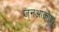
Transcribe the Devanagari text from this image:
जनआक्रोश